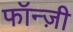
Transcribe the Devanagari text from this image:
फॉन्ज़ी